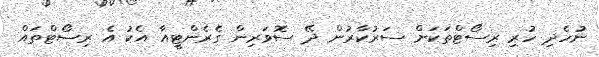
ނުހެދި ހުރި ރިސޯޓްތަކަށް ސަރުކާރުން ދޭ ސޮވަރިން ގެރެންޓީއާ އެކު އެ ރިސޯޓްތައް